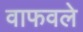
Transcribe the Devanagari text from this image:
वाफवले